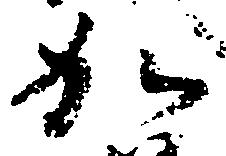
加